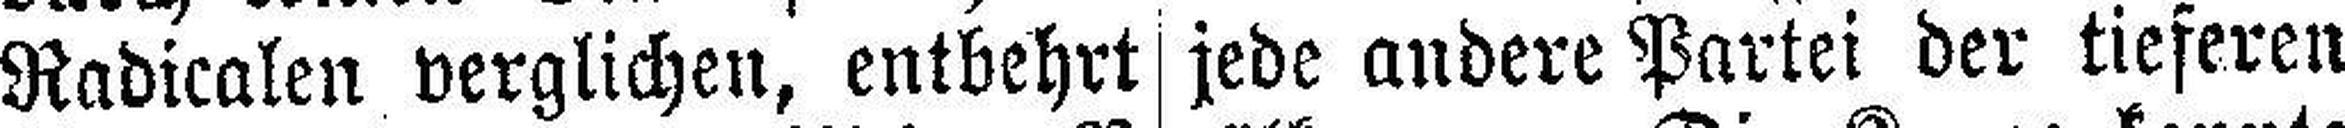
Radicalen verglichen, entbehrt jede andere Partei der tieferen